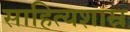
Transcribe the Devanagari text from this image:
साहित्यशास्र